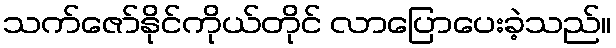
သက်ဇော်နိုင်ကိုယ်တိုင် လာပြောပေးခဲ့သည်။